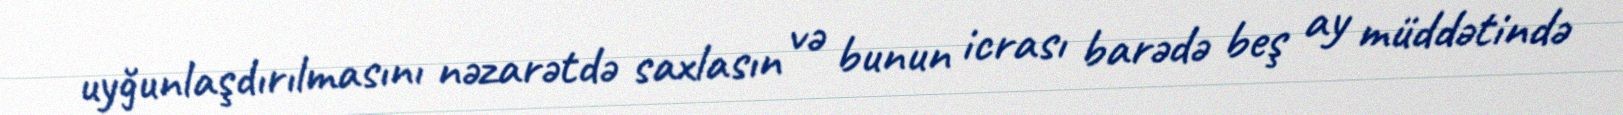
uyğunlaşdırılmasını nəzarətdə saxlasın və bunun icrası barədə beş ay müddətində